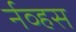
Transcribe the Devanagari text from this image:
र्नव्हस